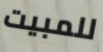
للمبيت